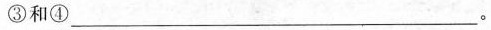
③和④___。